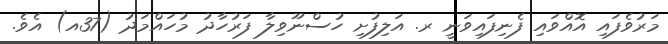
މަރުވެފައި އޮއްވައި ފެނިފައިވަނީ ރ. އަލިފުށި ހުސްނޫވިލާ ފަރުހާދު މުހައްމަދު (37އ) އެވެ.